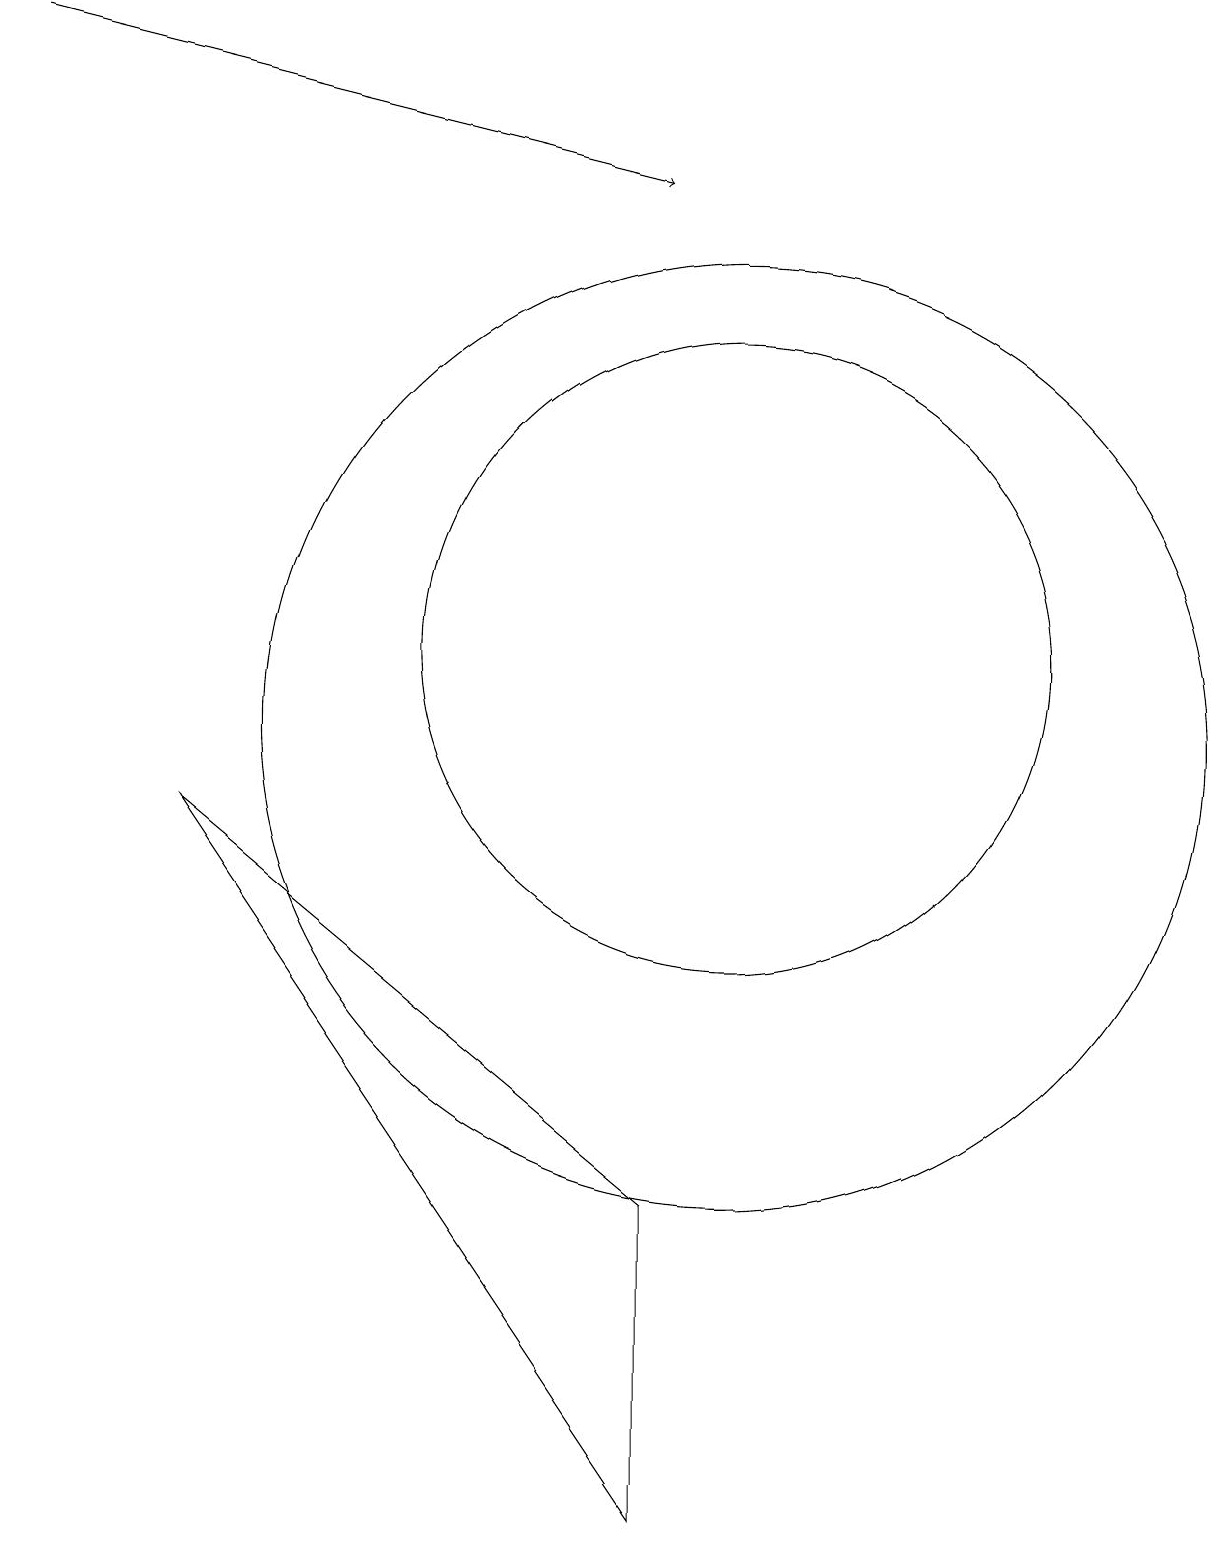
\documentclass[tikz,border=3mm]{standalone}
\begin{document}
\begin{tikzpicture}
\draw (10,10) circle (6);
\draw (10,11) circle (4);
\draw[->] (1,19) -- (9,17);
\draw (9,0) -- (3,9) -- (9,4) -- cycle;
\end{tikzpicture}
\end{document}